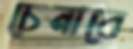
চেনাবে